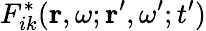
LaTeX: F_{ik}^{*}(\mathbf{r},\omega;\mathbf{r}^{\prime},\omega^{\prime};t^{\prime})